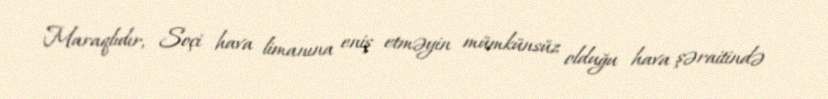
Maraqlıdır, Soçi hava limanına eniş etməyin mümkünsüz olduğu hava şəraitində